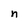
Character: n